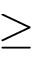
\ge